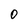
Character: 0